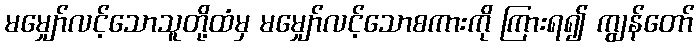
မမျှော်လင့်သောသူတို့ထံမှ မမျှော်လင့်သောစကားကို ကြားရ၍ ကျွန်တော်